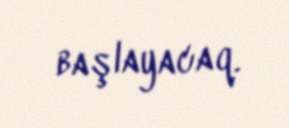
başlayacaq.